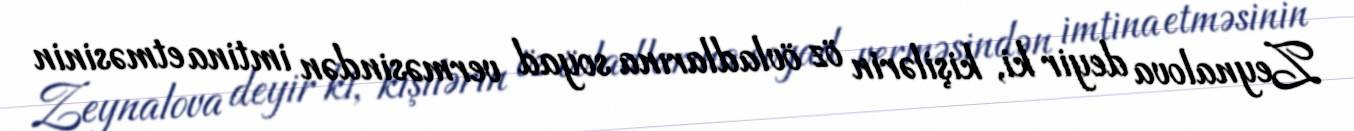
Zeynalova deyir ki, kişilərin öz övladlarına soyad verməsindən imtina etməsinin